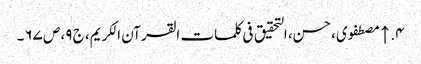
۴. ↑ مصطفوی، حسن، التحقیق فی کلمات القرآن الکریم، ج ۹، ص ۶۷۔